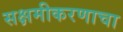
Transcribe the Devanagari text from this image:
सक्षमीकरणाचा